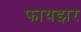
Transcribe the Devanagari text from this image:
फायझर